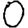
Digit: 0